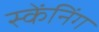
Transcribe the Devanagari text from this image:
स्केंनिंग